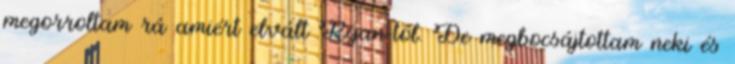
megorroltam rá amiért elvált Ryan-től. De megbocsájtottam neki és